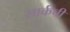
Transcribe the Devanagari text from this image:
सार्कची